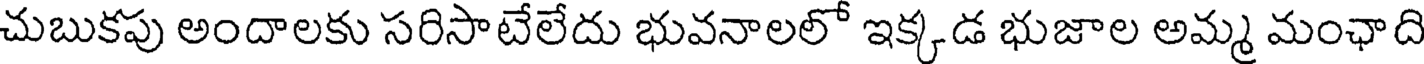
చుబుకపు అందాలకు సరిసాటేలేదు భువనాలలో ఇక్కడ భుజాల అమ్మ మంఛాది